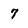
Character: 7